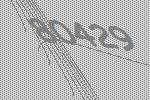
80429